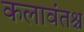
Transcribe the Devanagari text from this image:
कलावंतश्च